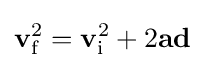
\mathbf {v} _{\text{f}}^{2}=\mathbf {v} _{\text{i}}^{2}+2\mathbf {ad}